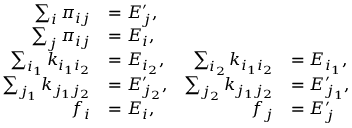
\begin{array} { r l r l } { \sum _ { i } \pi _ { i j } } & { = E _ { j } ^ { \prime } , } \\ { \sum _ { j } \pi _ { i j } } & { = E _ { i } , } \\ { \sum _ { i _ { 1 } } k _ { i _ { 1 } i _ { 2 } } } & { = E _ { i _ { 2 } } , } & { \sum _ { i _ { 2 } } k _ { i _ { 1 } i _ { 2 } } } & { = E _ { i _ { 1 } } , } \\ { \sum _ { j _ { 1 } } k _ { j _ { 1 } j _ { 2 } } } & { = E _ { j _ { 2 } } ^ { \prime } , } & { \sum _ { j _ { 2 } } k _ { j _ { 1 } j _ { 2 } } } & { = E _ { j _ { 1 } } ^ { \prime } , } \\ { f _ { i } } & { = E _ { i } , } & { f _ { j } } & { = E _ { j } ^ { \prime } } \end{array}